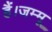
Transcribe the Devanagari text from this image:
हैं।जम्मू